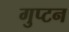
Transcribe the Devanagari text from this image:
गुप्टन